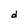
Character: d